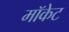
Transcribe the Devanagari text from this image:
मॉकेट